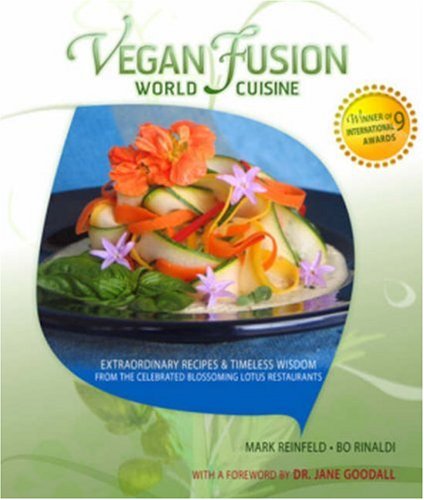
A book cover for Vegan Fusion World Cuisine: Extraordinary Recipes & Timeless Wisdom from the Celebrated Blossoming Lotus Restaurants; Mark Reinfeld; Health, Fitness & Dieting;